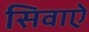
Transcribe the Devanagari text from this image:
सिवाऐ